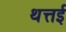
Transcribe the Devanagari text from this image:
थत्तई